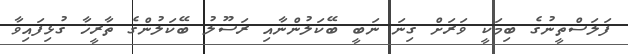
ފަލަސްތީނުގެ ބިމަކީ ވަރަށް ގިނަ ނަބީ ބޭކަލުންނާއި ރަސޫލު ބޭކަލުންގެ ތާރީޚާ ގުޅިފައިވާ